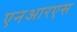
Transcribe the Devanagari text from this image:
एनआरएस